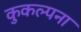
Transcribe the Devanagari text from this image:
कुकल्पना